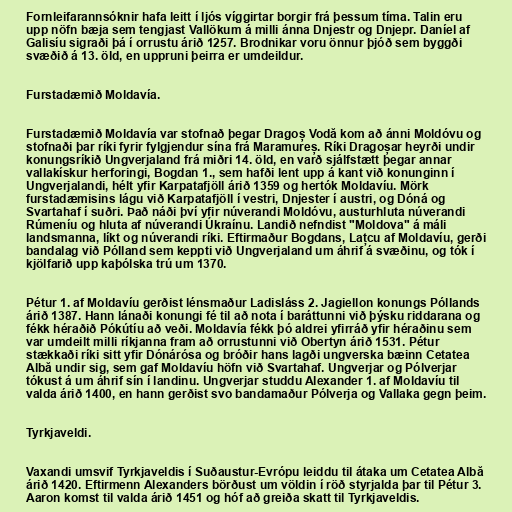
Fornleifarannsóknir hafa leitt í ljós víggirtar borgir frá þessum tíma. Talin eru
upp nöfn bæja sem tengjast Vallökum á milli ánna Dnjestr og Dnjepr. Daníel af
Galisíu sigraði þá í orrustu árið 1257. Brodnikar voru önnur þjóð sem byggði
svæðið á 13. öld, en uppruni þeirra er umdeildur.

Furstadæmið Moldavía.

Furstadæmið Moldavía var stofnað þegar Dragoș Vodă kom að ánni Moldóvu og
stofnaði þar ríki fyrir fylgjendur sína frá Maramureș. Ríki Dragoșar heyrði undir
konungsríkið Ungverjaland frá miðri 14. öld, en varð sjálfstætt þegar annar
vallakískur herforingi, Bogdan 1., sem hafði lent upp á kant við konunginn í
Ungverjalandi, hélt yfir Karpatafjöll árið 1359 og hertók Moldavíu. Mörk
furstadæmisins lágu við Karpatafjöll í vestri, Dnjester í austri, og Dóná og
Svartahaf í suðri. Það náði því yfir núverandi Moldóvu, austurhluta núverandi
Rúmeníu og hluta af núverandi Úkraínu. Landið nefndist "Moldova" á máli
landsmanna, líkt og núverandi ríki. Eftirmaður Bogdans, Lațcu af Moldavíu, gerði
bandalag við Pólland sem keppti við Ungverjaland um áhrif á svæðinu, og tók í
kjölfarið upp kaþólska trú um 1370.

Pétur 1. af Moldavíu gerðist lénsmaður Ladisláss 2. Jagiellon konungs Póllands
árið 1387. Hann lánaði konungi fé til að nota í baráttunni við þýsku riddarana og
fékk héraðið Pókútíu að veði. Moldavía fékk þó aldrei yfirráð yfir héraðinu sem
var umdeilt milli ríkjanna fram að orrustunni við Obertyn árið 1531. Pétur
stækkaði ríki sitt yfir Dónárósa og bróðir hans lagði ungverska bæinn Cetatea
Albă undir sig, sem gaf Moldavíu höfn við Svartahaf. Ungverjar og Pólverjar
tókust á um áhrif sín í landinu. Ungverjar studdu Alexander 1. af Moldavíu til
valda árið 1400, en hann gerðist svo bandamaður Pólverja og Vallaka gegn þeim.

Tyrkjaveldi.

Vaxandi umsvif Tyrkjaveldis í Suðaustur-Evrópu leiddu til átaka um Cetatea Albă
árið 1420. Eftirmenn Alexanders börðust um völdin í röð styrjalda þar til Pétur 3.
Aaron komst til valda árið 1451 og hóf að greiða skatt til Tyrkjaveldis.